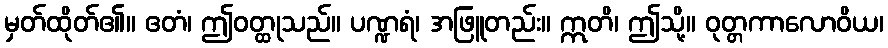
မှတ်ထိုတ်၏။ ဧတံ၊ ဤဝတ္ထုသည်။ ပဏ္ဍရံ၊ အဖြူတည်း။ ဣတိ၊ ဤသို့။ ဝုတ္တကာလောဝိယ၊